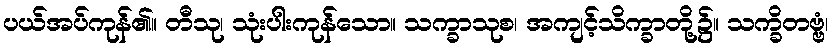
ပယ်အပ်ကုန်၏။ တီသု၊ သုံးပါးကုန်သော။ သက္ခာသုစ၊ အကျင့်သိက္ခာတို့၌။ သက္ခိတဗ္ဗံ၊